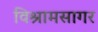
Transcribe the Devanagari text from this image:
विश्रामसागर